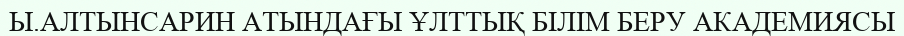
Ы.АЛТЫНСАРИН АТЫНДАҒЫ ҰЛТТЫҚ БІЛІМ БЕРУ АКАДЕМИЯСЫ